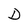
Character: D